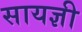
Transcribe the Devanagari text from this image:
सायज्ञी